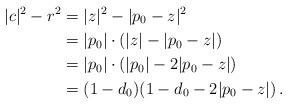
LaTeX: \begin{align*}|c|^{2} - r^{2}&= |z|^{2} - |p_{0}-z|^{2}\\ &= |p_{0}| \cdot (|z|-|p_{0}-z|)\\ &= |p_{0}| \cdot (|p_{0}|-2|p_{0}-z|)\\ &= (1-d_{0})(1-d_{0}-2|p_{0}-z|)\,.\end{align*}